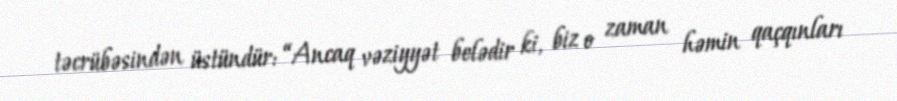
təcrübəsindən üstündür: “Ancaq vəziyyət belədir ki, biz o zaman həmin qaçqınları